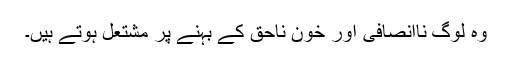
وہ لوگ ناانصافی اور خونِ ناحق کے بہنے پر مشتعل ہوتے ہیں۔